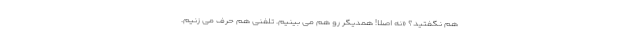
هم نگفتید؟ «نه اصلا! همدیگر رو هم می بینیم. تلفنی هم حرف می زنیم.